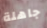
جاهلة